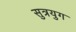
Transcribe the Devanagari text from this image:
सुत्रयुग